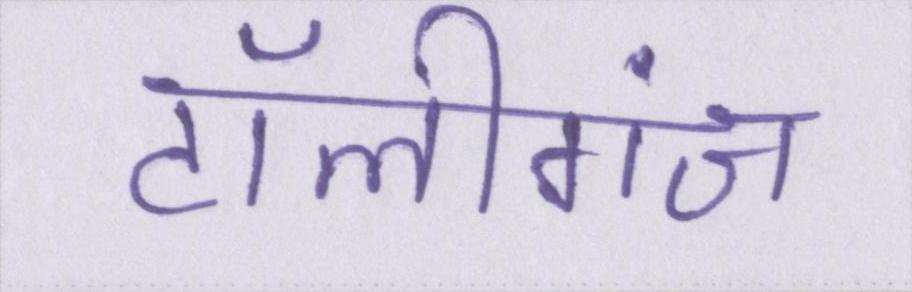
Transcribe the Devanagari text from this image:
टॉलीगंज